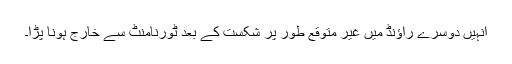
انہیں دوسرے راؤنڈ میں غیر متوقع طور پر شکست کے بعد ٹورنامنٹ سے خارج ہونا پڑا۔